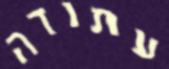
עתודה